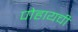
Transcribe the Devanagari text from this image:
पोहायची